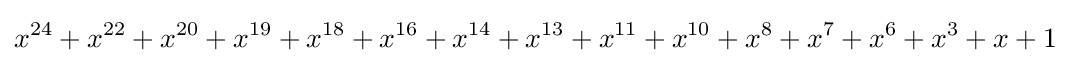
x^{24}+x^{22}+x^{20}+x^{19}+x^{18}+x^{16}+x^{14}+x^{13}+x^{11}+x^{10}+x^{8}+x^{7}+x^{6}+x^{3}+x+1